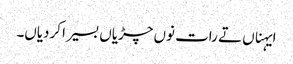
ایہناں تے رات نوں چڑیاں بسیرا کردیاں۔